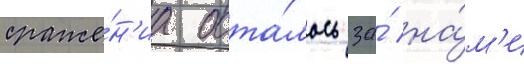
сраже́н'иа оста́лось за́ на́м'и